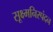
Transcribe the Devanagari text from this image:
सूक्ष्मनिस्पंदन